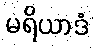
မရိယာဒံ